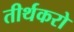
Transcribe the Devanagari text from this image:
तीर्थकरो